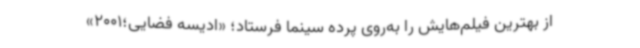
از بهترین فیلم‌هایش را به‌روی پرده سینما فرستاد؛ «ادیسه فضایی؛2001»